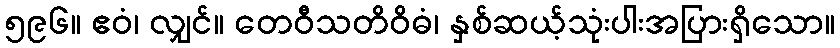
၅၉၆။ ဧဝံ၊ လျှင်။ တေဝီသတိဝိဓံ၊ နှစ်ဆယ့်သုံးပါးအပြားရှိသော။